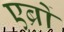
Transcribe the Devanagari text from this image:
एब्रों